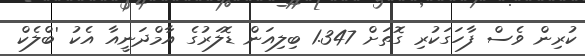
ކުރިން ވެސް ފާހަގަކުރި ގޮތަށް 1.347 ބިލިއަން ޑޮލަރުގެ އާމްދަނީއާ އެކު 'ބްލެކް